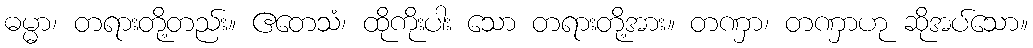
ဓမ္မာ၊ တရားတို့တည်း။ ဧတေသံ၊ ထိုကိုးပါး သော တရားတို့အား။ တဏှာ၊ တဏှာဟု ဆိုအပ်သော။